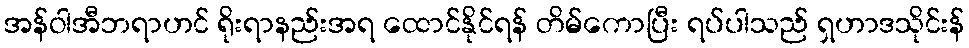
အန်ဝါအီဘရာဟင် ရိုးရာနည်းအရ ထောင်နိုင်ရန် တိမ်ကောပြီး ရပ်ပါသည် ရှဟာဒသိုင်းန်